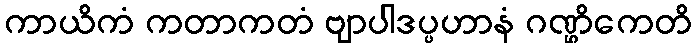
ကာယိကံ ကတာကတံ ဗျာပါဒပ္ပဟာနံ ဂဏ္ဌိကေတိ